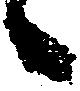
々